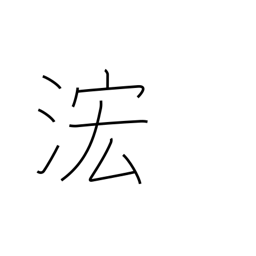
Meaning: rising waters